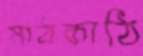
মাঠকাঠি